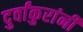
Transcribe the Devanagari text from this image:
दुर्वांकुरांनी